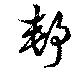
郵